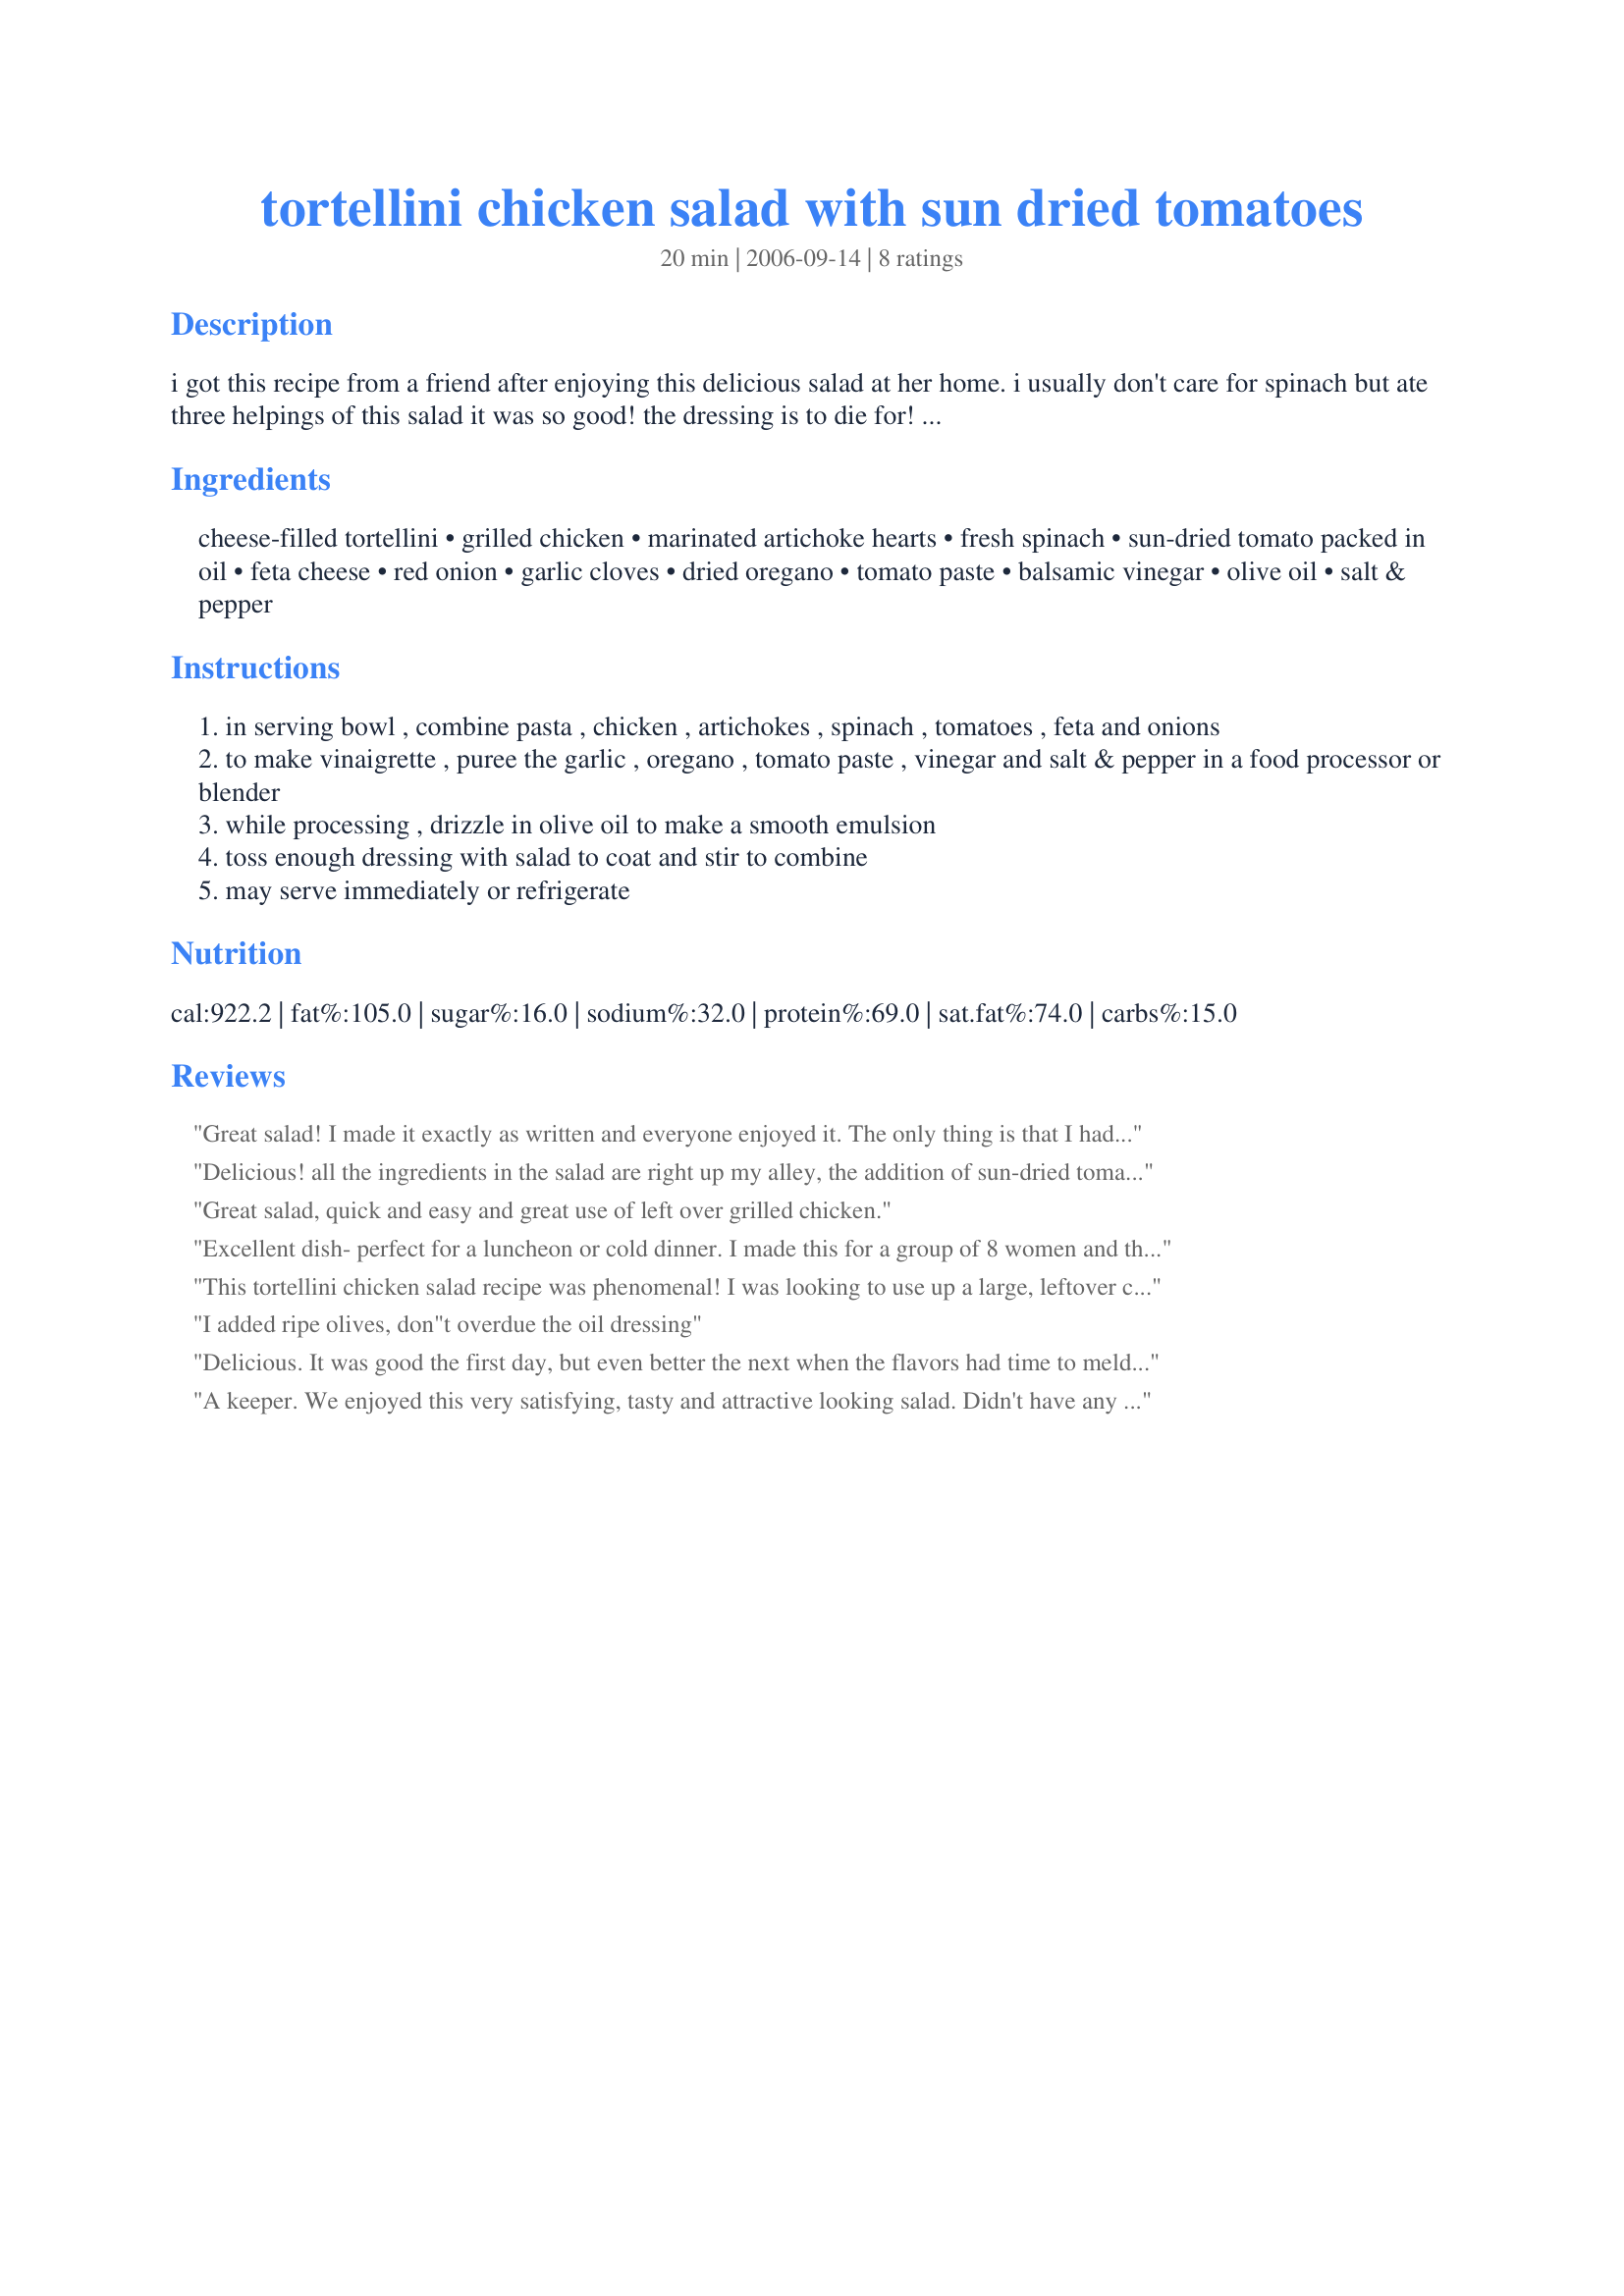
tortellini chicken salad with sun dried tomatoes
Preparation time: 20 minutes

i got this recipe from a friend after enjoying this delicious salad at her home. i usually don't care for spinach but ate three helpings of this salad it was so good! the dressing is to die for! you could also make this with other types of pasta. as with any recipe, feel free to add more or less of the salad ingredients, according to your preferences.

Ingredients:
cheese-filled tortellini, grilled chicken, marinated artichoke hearts, fresh spinach, sun-dried tomato packed in oil, feta cheese, red onion, garlic cloves, dried oregano, tomato paste, balsamic vinegar, olive oil, salt & pepper

Steps:
in serving bowl , combine pasta , chicken , artichokes , spinach , tomatoes , feta and onions
to make vinaigrette , puree the garlic , oregano , tomato paste , vinegar and salt & pepper in a food processor or blender
while processing , drizzle in olive oil to make a smooth emulsion
toss enough dressing with salad to coat and stir to combine
may serve immediately or refrigerate

Reviews:
Great salad! I made it exactly as written and everyone enjoyed it. The only thing is that I had a TON of left over salad dressing. I will probably end up using about 1/4 of the listed amounts for the dressing next time. Thanks for sharing, this is a keeper. :)
Delicious! all the ingredients in the salad are right up my alley, the addition of sun-dried tomatoes really addy in lots of flavor! thanks for sharing hon!...Kitten :)
Great salad, quick and easy and great use of left over grilled chicken.
Excellent dish- perfect for a luncheon or cold dinner. I made this for a group of 8 women and they all asked for the recipe. It was so easy to make too. Warning- the recipe does make a lot of the dressing. I decided to use some of the dressing to marinate the chicken in (I used chicken tenderloins because they grill up easier and are more moist.) I made the whole recipe the day before- grilled the chicken, boiled the pasta and diced everything up. I then layered everything but the spinach, feta and dressing in a large bowl and covered it. Refrigerated it overnight and 5 mins before the party I tossed in the spinach and dressing. SO easy! I put the feta and some olives on the side as toppings for those who wanted it. What a great recipe. So full of flavor and easy to make.
This tortellini chicken salad recipe was phenomenal! I was looking to use up a large, leftover chicken breast as well as some tortellini. I am so glad I stumbled up this recipe. It was easy to make and tasted delicious. At first, I forgot to add the feta when I tasted my first sampling--I still loved it. I then added the feta and also loved it (but I love feta). If you dont love feta, you will still like this recipe with feta omitted. Based on other reviewers' input, I halved the proportions for the dressing. It still made plenty. Since I made it for DH to take to work tomorrow for lunch and for me to enjoy at home for lunch, I kept the dressing seperate from the salad so it would not wilt the spinach. Instead, we can drizzle as much as we like over our individual proportions tomorrow and then toss. I would definitely make this recipe again (I especially loved the taste of the dressing). I could see this being a big hit at a BBQ. Thanks for posting!!
I added ripe olives, 
don"t overdue the oil dressing
Delicious. It was good the first day, but even better the next when the flavors had time to meld. Made as directed, but added pine nuts. Can easily cut the dressing in half.
A keeper. We enjoyed this very satisfying, tasty and attractive looking salad. Didn't have any feta cheese around but will plan for it next time. It's delish even without it. Threw some sprouted beans medley into the bowl as well, which enhanced flavour and texture. Same about the dressing as posted by other reviewers...have a generous amount remaining for the next salad. That's alright! A pleasure to have tried this recipe.
